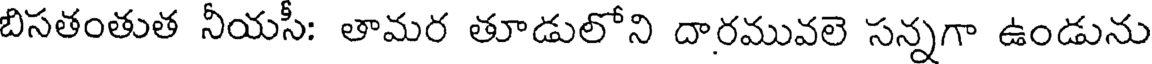
బిసతంతుత నీయసీ: తామర తూడులోని దారమువలె సన్నగా ఉండును